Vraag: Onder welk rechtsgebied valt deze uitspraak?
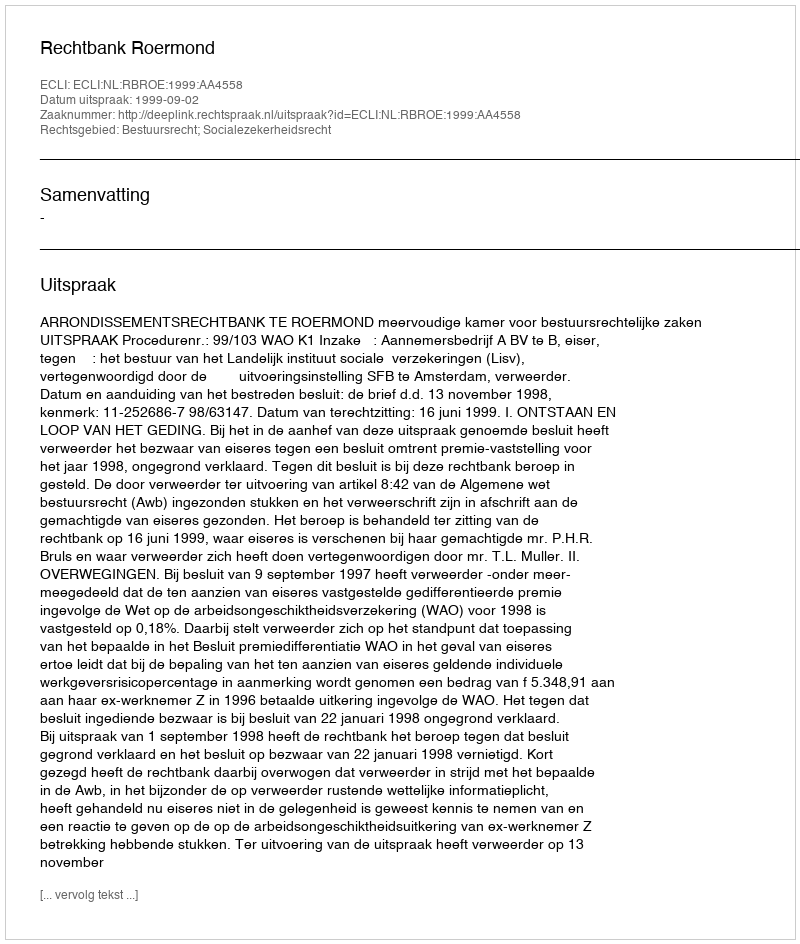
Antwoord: Bestuursrecht; Socialezekerheidsrecht